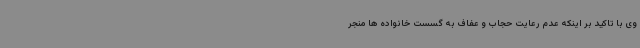
وی با تاکید بر اینکه عدم رعایت حجاب و عفاف به گسست خانواده ها منجر